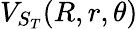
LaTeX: V_{S_{T}}(R,r,\theta)